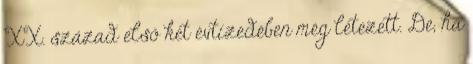
XX. század első két évtízedében még létezett. De, ha